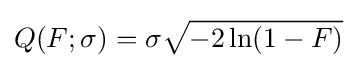
Q(F;\sigma )=\sigma {\sqrt {-2\ln(1-F)}}